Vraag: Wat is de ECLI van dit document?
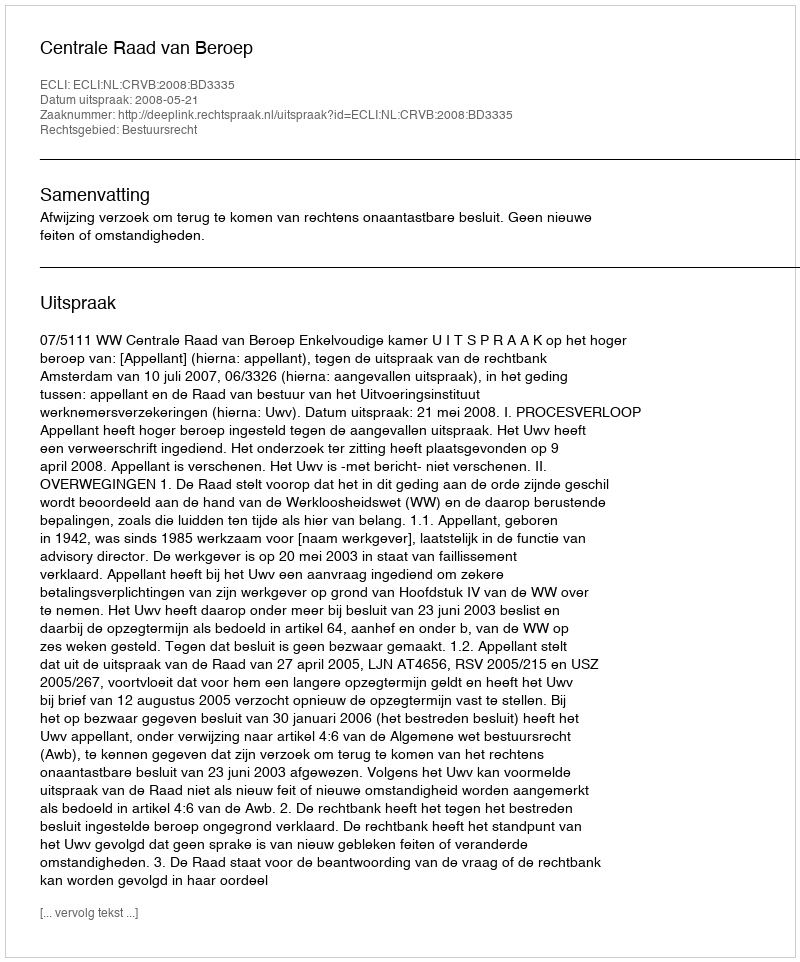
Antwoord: ECLI:NL:CRVB:2008:BD3335